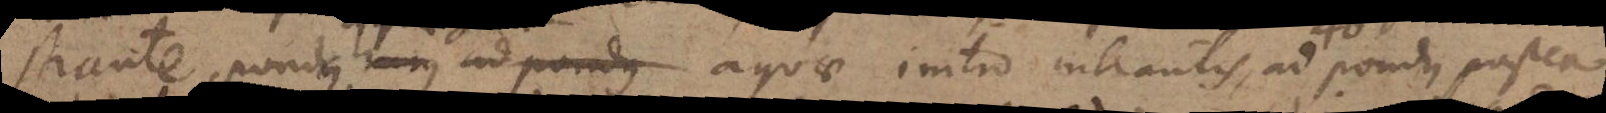
strante, pondus hujus ad pondus aquae initio intrantis, ad pondus postea